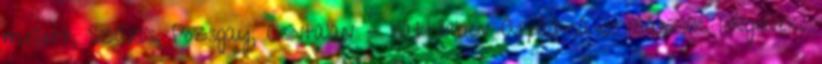
mellett, Szűrös, Pozsgay, Csintalan - háttérben Árpád-sávos zászlók lengenek.